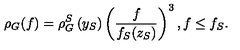
\rho _ { G } ( f ) = \rho _ { G } ^ { S } \left( y _ { S } \right) \left( \frac { f } { f _ { S } ( z _ { S } ) } \right) ^ { 3 } , f \le f _ { S } .